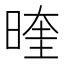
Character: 𭦭